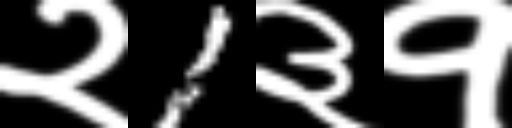
Text: २1३१